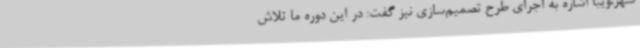
شهر،ویبا اشاره به اجرای طرح تصمیم‌سازی نیز گفت: در این دوره ما تلاش